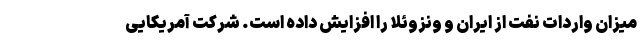
میزان واردات نفت از ایران و ونزوئلا را افزایش داده است. شرکت آمریکایی